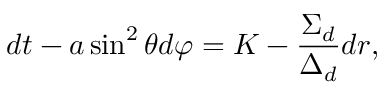
d t - a \sin ^ { 2 } \theta d \varphi = K - \frac { \Sigma _ { d } } { \Delta _ { d } } d r ,